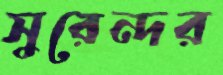
সুরেন্দর